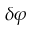
\delta \varphi